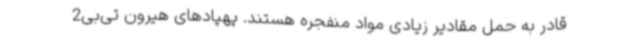
قادر به حمل مقادیر زیادی مواد منفجره هستند. پهپادهای هیرون تی‌بی2